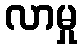
လာမှု